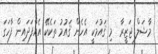
މާޝަލް ޖަޒީރާ  މި ޤައުމަކީ އެހެން ޤައުމު ތަކެކޭ އެއްފަދައިން ފާހަގަ